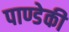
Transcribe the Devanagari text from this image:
पाण्डेकी